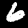
Digit: 6